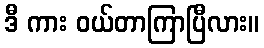
ဒီ ကား ဝယ်တာကြာပြီလား။